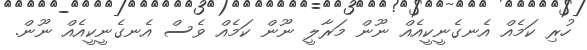
ހުރި ކަމެއް އެނގެނީކީއެއް ނޫން މަރާލީ ނޫން ކަމެއް ވެސް އެނގެނީކީއެއް ނޫން.